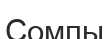
Сомпы